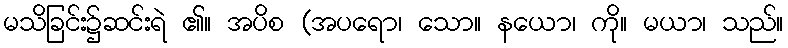
မသိခြင်း၌ဆင်းရဲ ၏။ အပိစ (အပရော၊ သော။ နယော၊ ကို။ မယာ၊ သည်။